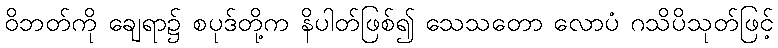
ဝိဘတ်ကို ချေရာ၌ စပုဒ်တို့က နိပါတ်ဖြစ်၍ သေသတော လောပံ ဂသိပိသုတ်ဖြင့်